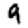
Digit: 9